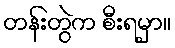
တန်းတွဲက စီးရမှာ။